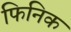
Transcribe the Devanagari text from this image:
फिनिक